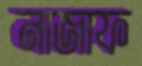
নাজাফ